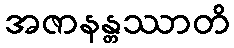
အဇာနန္တဿာတိ